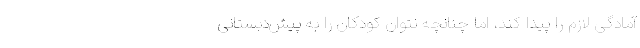
آمادگی لازم را پیدا کند، اما چنانچه نتوان کودکان را به پیش‌دبستانی